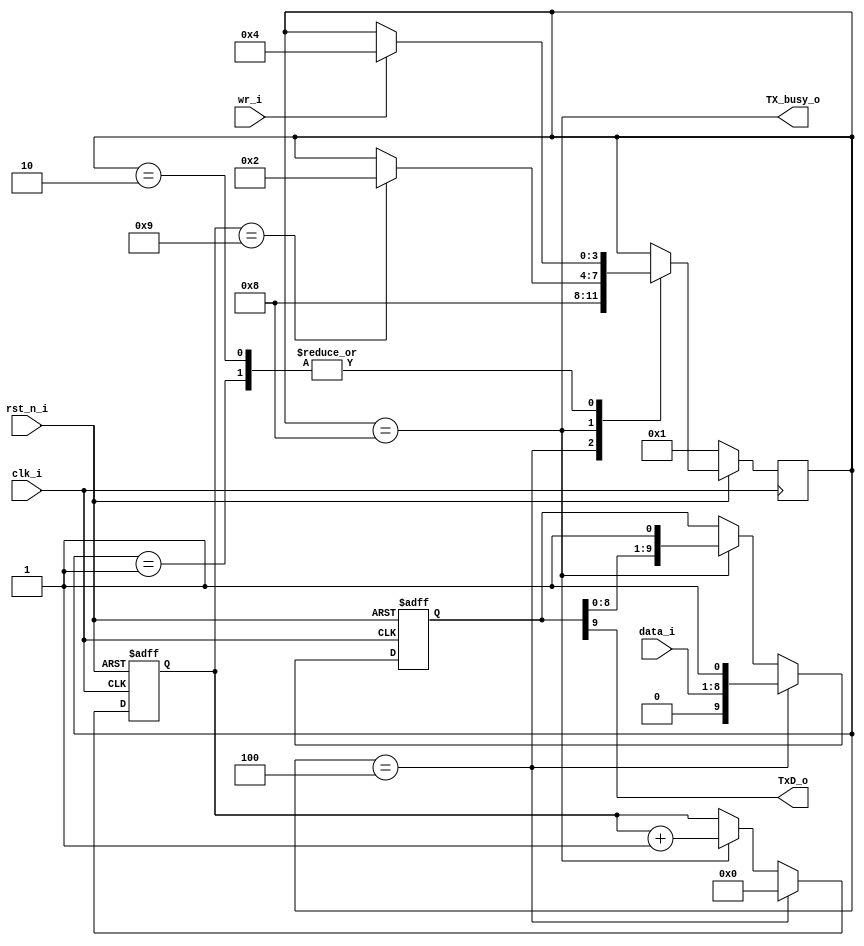
module uart_tx
(
  input[7:0] data_i,
  input wr_i,
  input clk_i, rst_n_i,
  output TxD_o, TX_busy_o
);

reg[9:0] tx_r;
reg[3:0] tx_cnter;
reg[3:0] state, next;

wire tx_load = (state == ST_WRITE);
wire tx_shift = (state == ST_SEND);

always @ (posedge clk_i, negedge rst_n_i)
  if (~rst_n_i) begin
    tx_r <= 10'h200;
    tx_cnter <= 'b0;
  end
  else if (tx_load) begin
    tx_r <= {1'b0, data_i, 1'b1};
    tx_cnter <= 'b0;
  end 
  else if (tx_shift) begin
    tx_r <= {tx_r[8:0], 1'b1};
    tx_cnter <= tx_cnter + 'b1;
  end


parameter[3:0]  ST_IDLE   = 4'b0001,
                ST_DONE   = 4'b0010,
                ST_WRITE  = 4'b0100,
                ST_SEND   = 4'b1000;

always @(negedge clk_i)
  if (~rst_n_i) state <= ST_IDLE;
  else          state <= next;

always @* begin
  next = state;
  case (state)
    ST_IDLE: if (wr_i)  next = ST_WRITE;
    
    ST_WRITE: next = ST_SEND;

    ST_SEND: if (tx_cnter == 'd9) next = ST_DONE;
    
    ST_DONE: if (wr_i) next = ST_WRITE;
  endcase
end



assign TX_busy_o = (state == ST_SEND);
assign TxD_o = tx_r[9];

endmodule